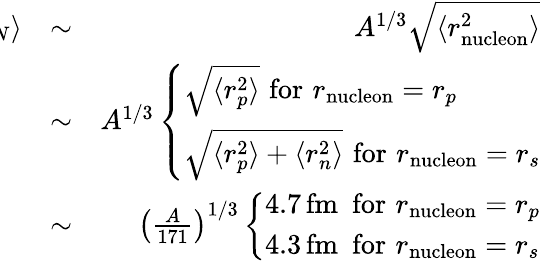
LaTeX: \begin{array}{rlr}{\! \! \! \! \! \! \! \left<r_{N}\right>}&{\sim}&{A^{1/3}\sqrt{\langle r_{\mathrm{nucleon}}^{2}\rangle}}\\ &{\sim}&{A^{1/3}\left\{ \begin{array}{ll}{\sqrt{\langle r_{p}^{2}\rangle}\, \, \mathrm{for}\, \, r_{\mathrm{nucleon}}=r_{p}}\\ {\sqrt{\langle r_{p}^{2}\rangle+\langle r_{n}^{2}\rangle}\, \, \mathrm{for}\, \, r_{\mathrm{nucleon}}=r_{s}}\end{array}\right.}\\ &{\sim}&{\left(\frac{A}{171}\right)^{1/3}\left\{ \begin{array}{ll}{4.7\, \mathrm{fm}\, \, \, \mathrm{for}\, \, r_{\mathrm{nucleon}}=r_{p}}\\ {4.3\, \mathrm{fm}\, \, \, \mathrm{for}\, \, r_{\mathrm{nucleon}}=r_{s}}\end{array}\right.}\end{array}